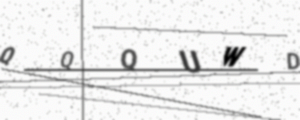
Text: QQQUWD